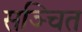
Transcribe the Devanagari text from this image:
सञ्चित